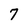
Character: 7